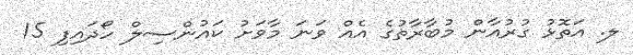
ލ. އަތޮޅު ގުރުއާން މުބާރާތުގެ އެއް ވަނަ މާވަށު ކައުންސިލް ހޯދައިފި 15